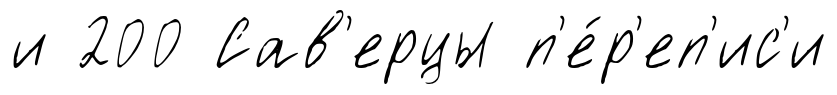
и 200 Сав'ерцы п'е́р'еп'ис'и